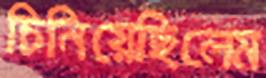
চিনিয়েছিলেম